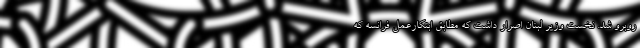
روبرو شد. نخست وزیر لبنان اصرار داشت که مطابق ابتکارعمل فرانسه که